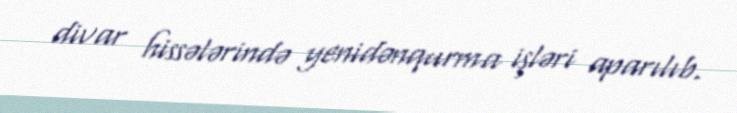
divar hissələrində yenidənqurma işləri aparılıb.